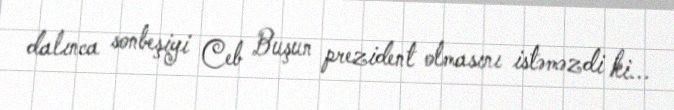
dalınca sonbeşiyi Ceb Buşun prezident olmasını istəməzdi ki...